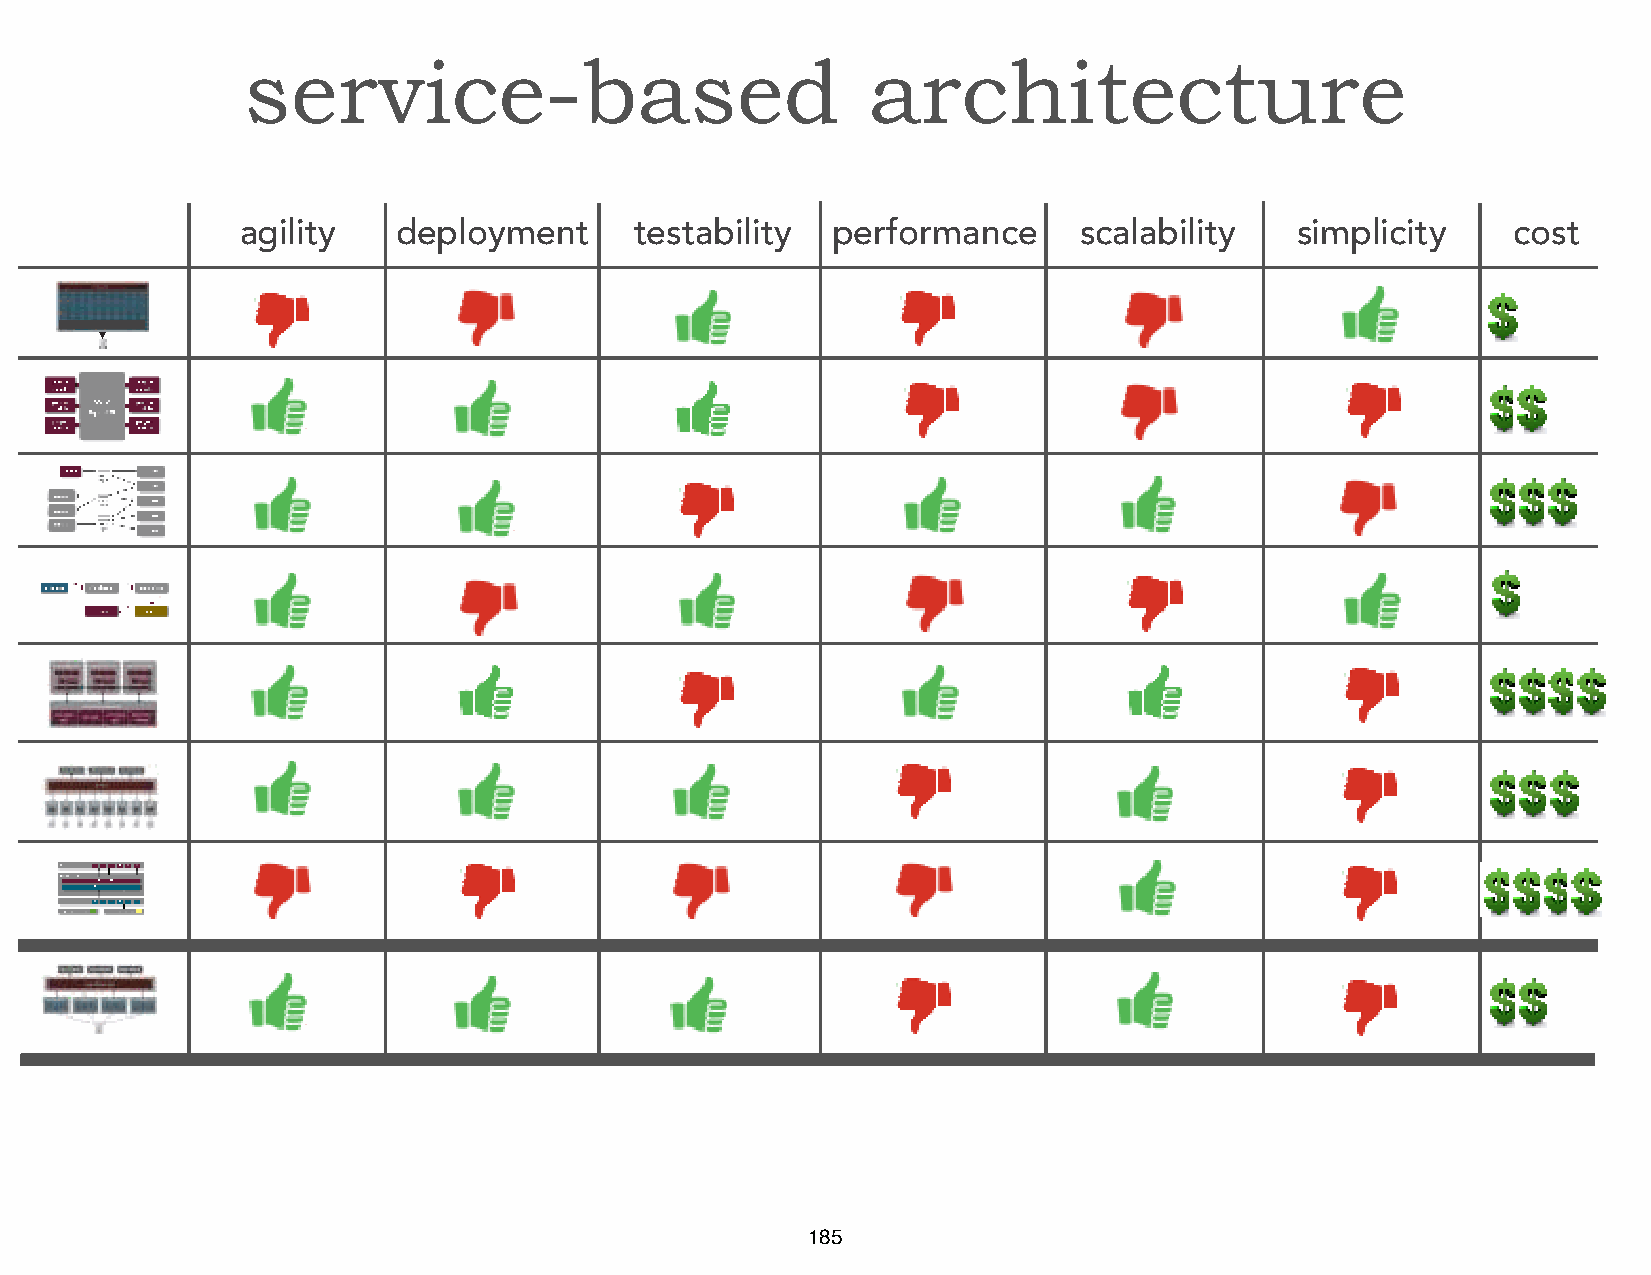
service-based                            architecture
 agility   deployment      testabilit y performance     scalability    simplic ity   cost
 185